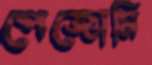
পেজোমি